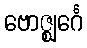
ဗောဇ္ဈင်္ဂေ